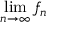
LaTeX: \operatorname* { l i m } _ { n \to \infty } f _ { n }